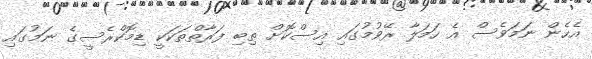
އެހެން ނަމަވެސް އެ ހަމަލާ ރޭވުމުގައި އިސްކޮށް ތިބި ފަރާތްތަކަކީ ޑިމޮކްރެސީގެ ނަމުގައި